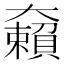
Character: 𡚚